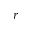
r